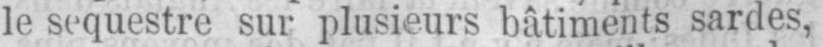
le séquestre sur plusieurs bâtiments sardes,